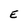
Character: E